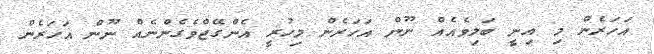
އަހަރެން މި އިނީ ބަލިވެއެއް ނޫން އަހަރެން މިހުރީ އެންގޭޖްވެގެންނެއް ނޫން އަހަރެން